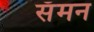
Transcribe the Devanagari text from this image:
सॅमन